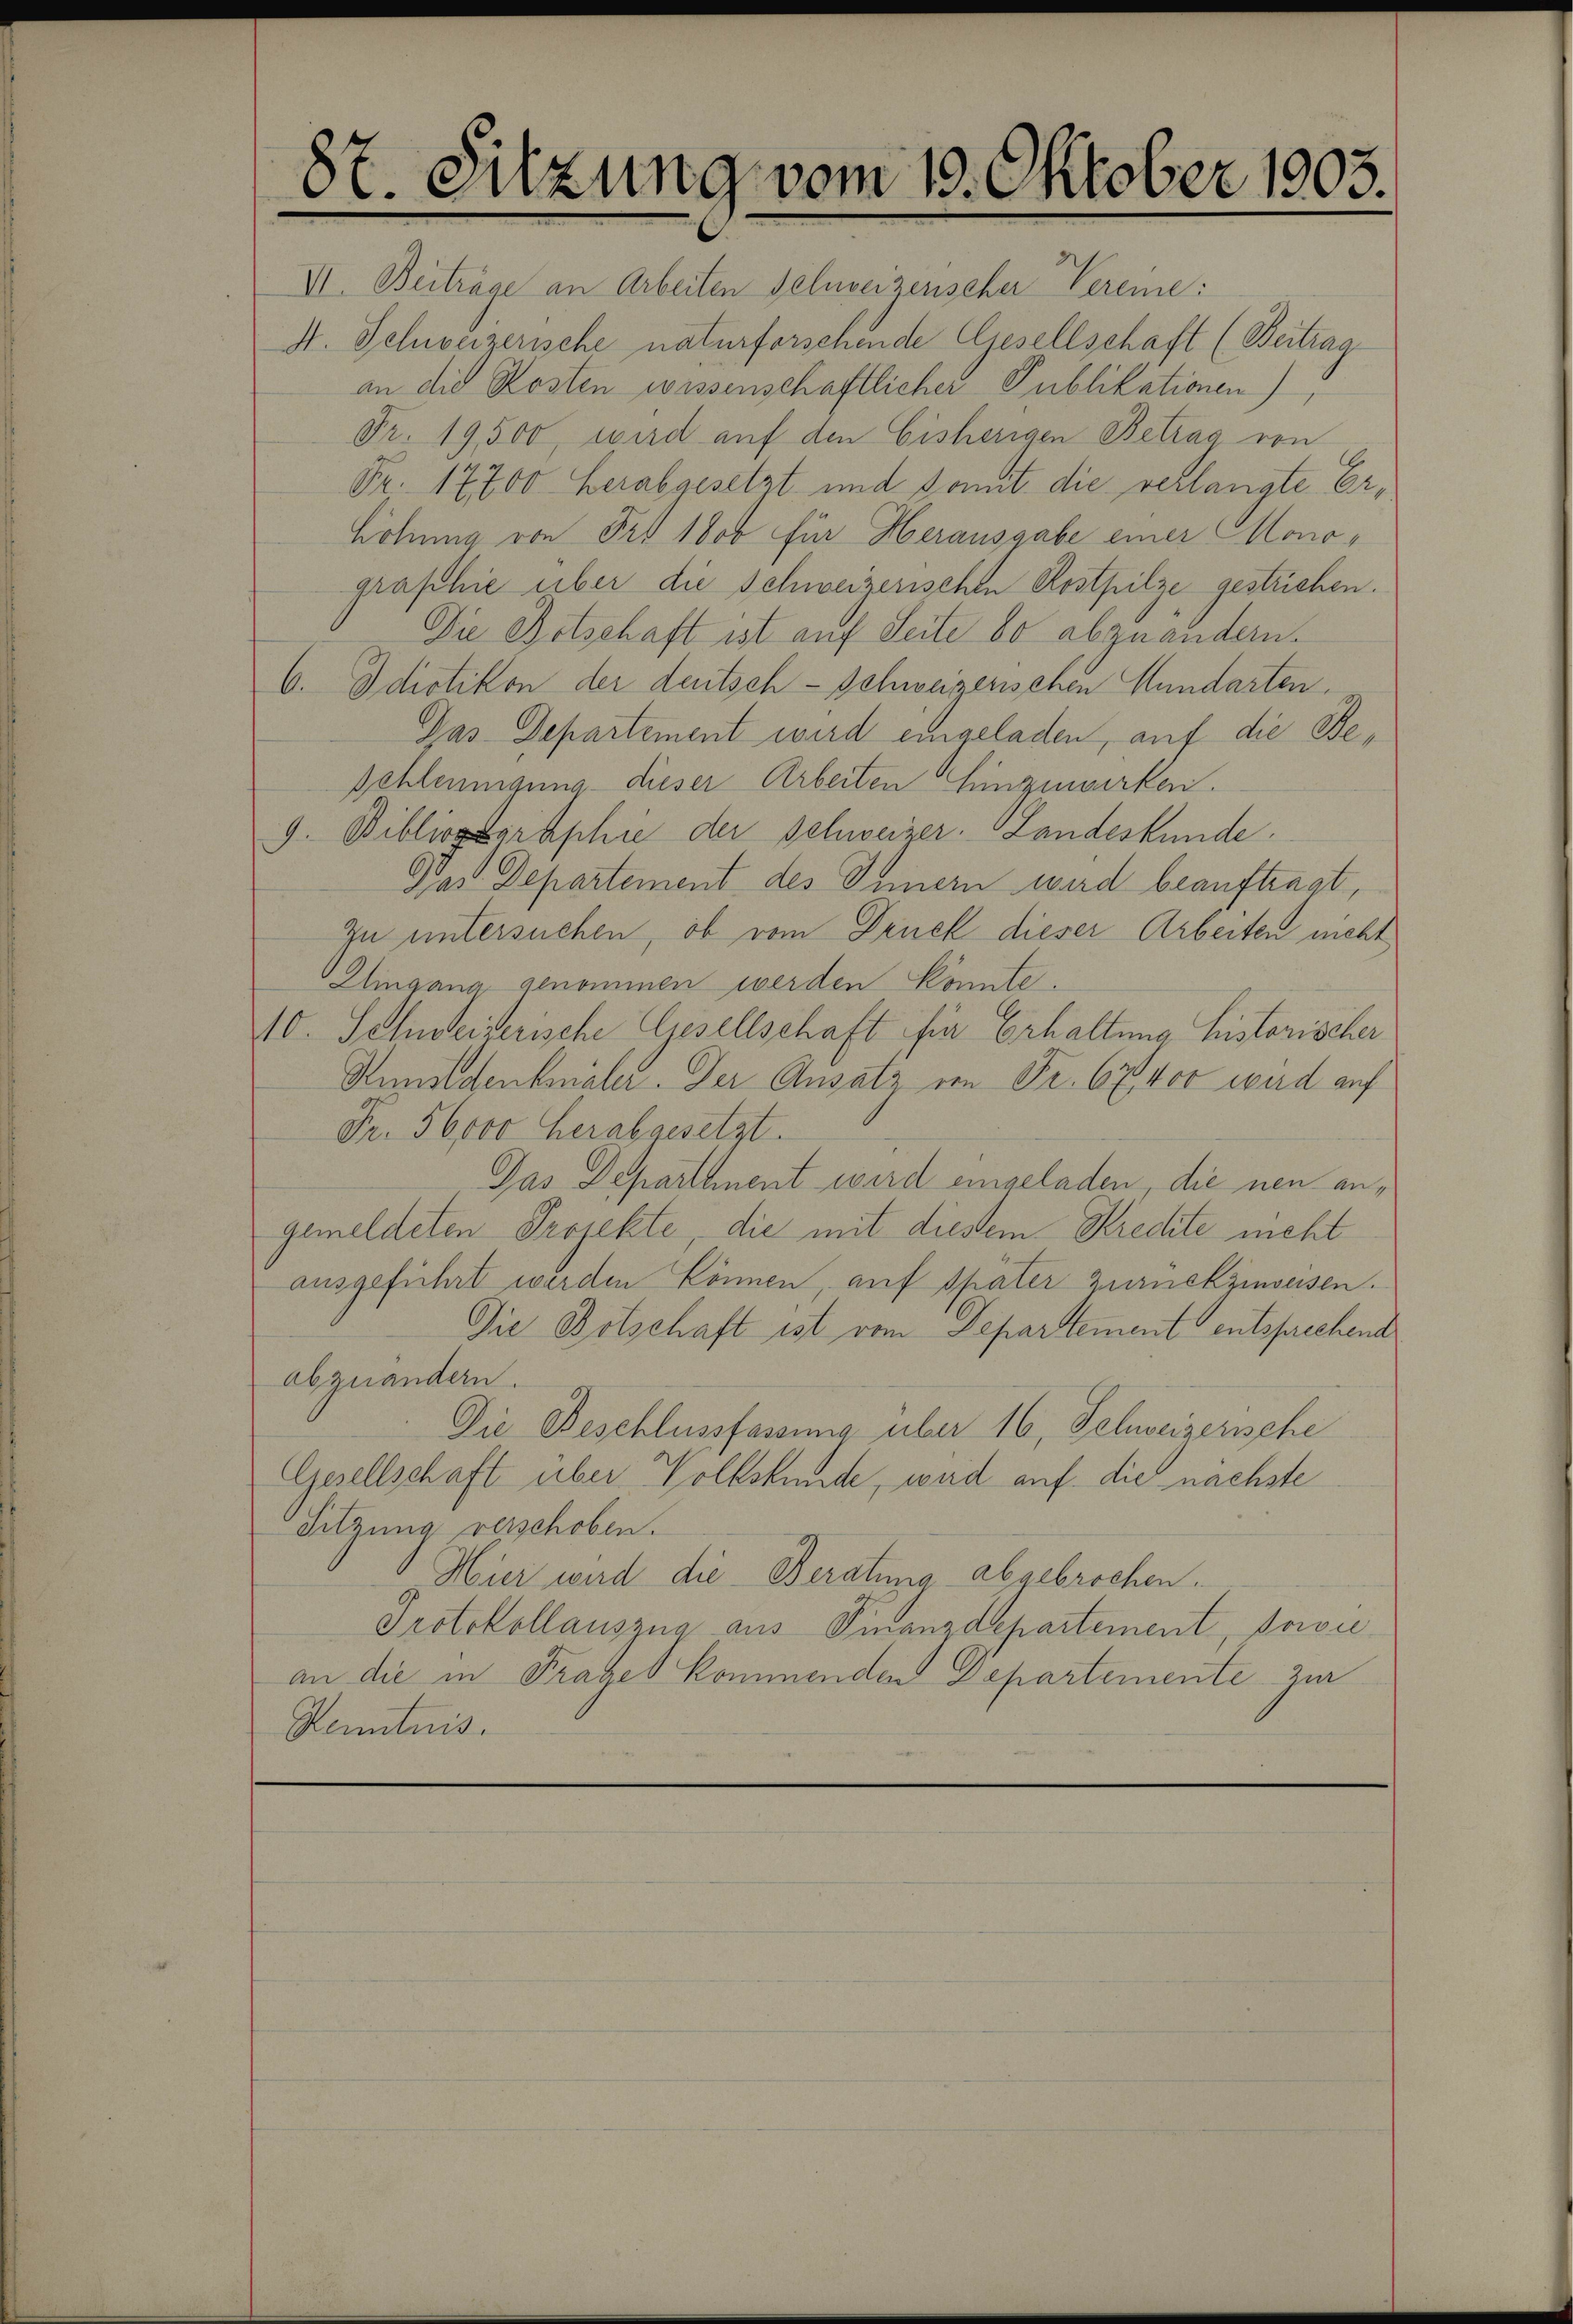
8t. Sitzung vom 19. Oktober 1905.

VI. Beiträge an Arbeiten Schweizenscher Vereine:
A. Schweizerische naturforschende Gesellschaft (Beitrag
an die Kosten wissenschaftlicher Publikationen),
Fr. 19,500, wird auf den Eisherigen Betrag von
Fr. 17700 herabgesetzt und somit die verlangte Erhöhung von Fr. 1800 für Herausgabe einer Monographie über die Schweizerischen Rostpilze gestrichen.
Die Botschaft ist auf Seite bo abzuändern.
6. Schotikon der deutsch-schweizerischen Hundarten.
Das Departement wird eingeladen, auf die Be¬
Schleunigung dieser Arbeiten Einzuwirken.
9. Bibliographie der Schweizer. Landeskunde.
Das Departement des Innern wird beauftragt,
Zu untersuchen, ob vom Druck dieser Arbeiten nicht
Eingang genommen werden könnte.
10. Schweizerische Gesellschaft für Erhaltung historischer
Sunstdenkenaler. Der Ansatz von Fr. 67, 400 wird auf
Fr. 56000 herabgesetzt.
Das Departanent wird eingeladen, die neu angemeldeten Projekte, die mit diesem Kredite meht
ausgeführt werden können, auf später zurückzuweisen.
Die Botschaft ist vom Departement entsprechend
abzuändern.
Die Beschlussfassung über 16, Schweizerische
Gesellschaft über Volkskunde, und auf die nächste
Sitzung verschoben.
Hier wird die Beratung abgebrochen.
Protokollauszug aus Finanzdepartement, sowie
an die in Frages kommenden Departemente zur
Kenntnis.